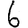
Digit: 6